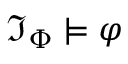
{ \mathfrak { I } } _ { \Phi } \vDash \varphi